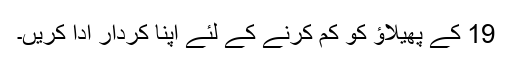
19 کے پھیلاؤ کو کم کرنے کے لئے اپنا کردار ادا کریں۔